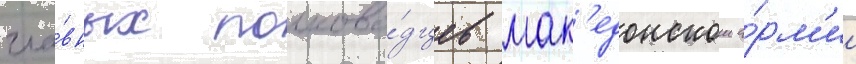
гла́вных полково́дцев мак'едонскои а́рм'ии